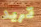
تريد